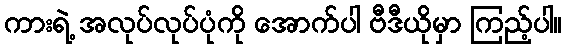
ကားရဲ့ အလုပ်လုပ်ပုံကို အောက်ပါ ဗီဒီယိုမှာ ကြည့်ပါ။